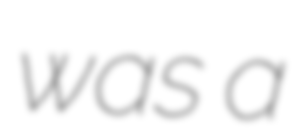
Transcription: was a